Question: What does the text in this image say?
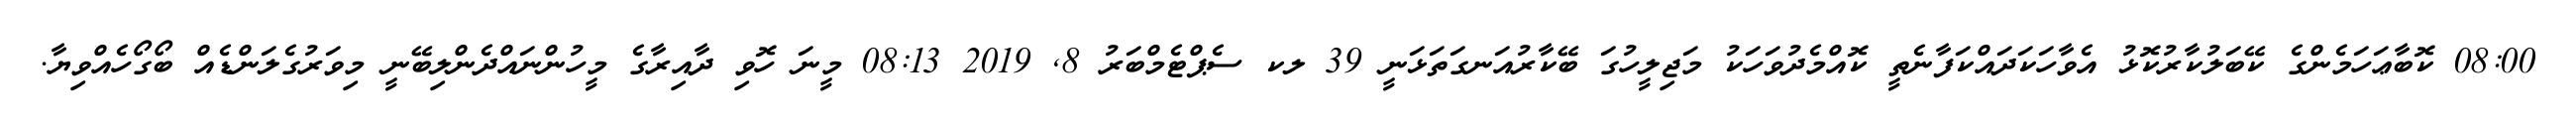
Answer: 08:00 ކޮބާޢަހަމެންގެ ކޭބަލުކާރުކޮޅު އެވާހަކަދައްކަފާނެތީ ކޮއްމެދުވަހަކު މަޖިލީހުގަ ބޭކާރުއަނގަތަޅަނީ 39 ލކ ސެޕްޓެމްބަރު 8, 2019 08:13 މީނަ ހޮވި ދާއިރާގެ މީހުންނައްދެންލިބޭނީ މިވަރުގެލަންޑެއް ބޯގޯހެއްވިޔާ.